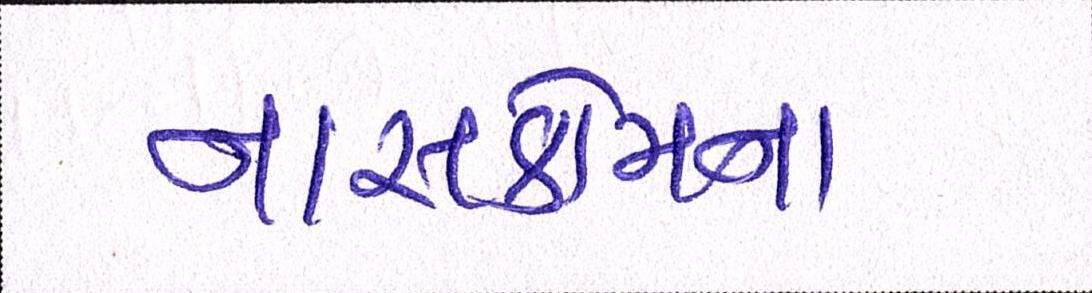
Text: નાસકોમના